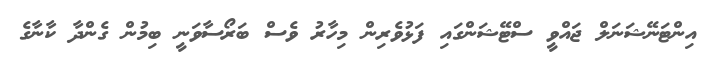
އިންޓަނޭޝަނަލް ޖައްވީ ސްޓޭޝަންގައި ފަޅުވެރިން މިހާރު ވެސް ބަރޯސާވަނީ ބިމުން ގެންދާ ކާނާގެ